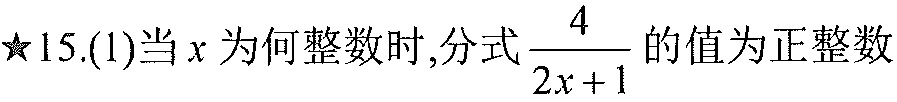
$\star15.(1)$当$x$为何整数时,分式$\dfrac{4}{2x + 1}$的值为正整数